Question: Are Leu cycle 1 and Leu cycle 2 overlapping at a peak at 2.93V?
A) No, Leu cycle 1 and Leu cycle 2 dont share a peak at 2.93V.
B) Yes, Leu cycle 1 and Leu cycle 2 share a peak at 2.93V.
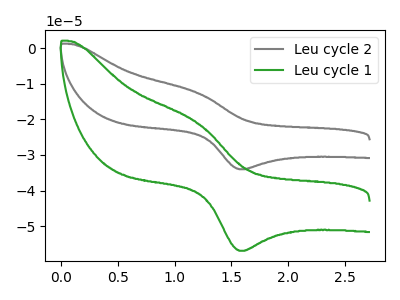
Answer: <think>The gray curve "Leu cycle 2" has an anodic peak at (1.20V, -12.45uA) and a cathodic peak at (1.60V, -34.00uA). The green curve "Leu cycle 1" has an anodic peak at (1.20V, -20.80uA) and a cathodic peak at (1.60V, -56.90uA).</think>
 <answer>A) No, "Leu cycle 1" and "Leu cycle 2" dont share a peak at 2.93V.</answer>
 <eval>A</eval>